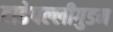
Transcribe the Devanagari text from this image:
टाडेपल्लीगुडम